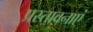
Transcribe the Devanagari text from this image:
प्रस्तावनाएं